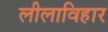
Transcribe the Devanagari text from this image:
लीलाविहार